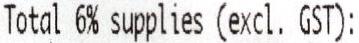
TOTAL 6% SUPPLIES (EXCL. GST):